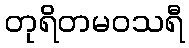
တုရိတမဝသရီ